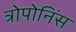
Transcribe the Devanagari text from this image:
त्रोपोनिंस